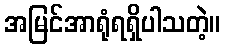
အမြင်အာရုံရရှိပါသတဲ့။